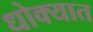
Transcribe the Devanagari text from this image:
धोक्‍यात